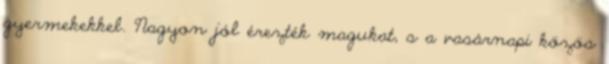
gyermekekkel. Nagyon jól érezték magukat, s a vasárnapi közös